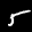
Label: 5